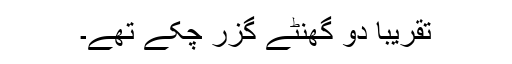
تقریباً دو گھنٹے گزر چکے تھے۔